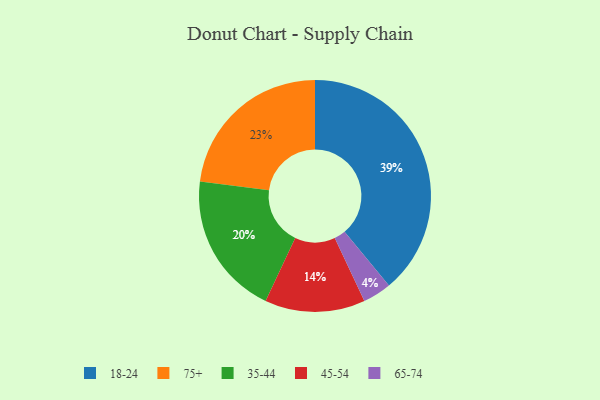
{"axis": {"x": "Category", "y": "Percentage"}, "legend": ["18-24", "35-44", "45-54", "65-74", "75+"], "data": [{"x": "45-54", "y": 14, "type": "45-54"}, {"x": "18-24", "y": 39, "type": "18-24"}, {"x": "75+", "y": 23, "type": "75+"}, {"x": "65-74", "y": 4, "type": "65-74"}, {"x": "35-44", "y": 20, "type": "35-44"}]}